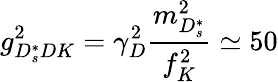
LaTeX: g_{D_{s}^{*}DK}^{2}=\gamma_{D}^{2}\frac{m_{D_{s}^{*}}^{2}}{f_{K}^{2}}\simeq 50